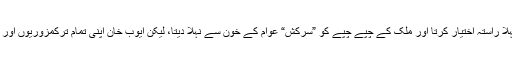
اگر ایوب خان کی جگہ بھٹو ہوتا تو پہلا راستہ اختیار کرتا اور ملک کے چپے چپے کو ”سرکش“ عوام کے خون سے نہلا دیتا، لیکن ایوب خان اپنی تمام ترکمزوریوں اور برائیوں کے باوجود محب وطن تھے۔